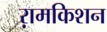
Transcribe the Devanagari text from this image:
ऱामकिशन